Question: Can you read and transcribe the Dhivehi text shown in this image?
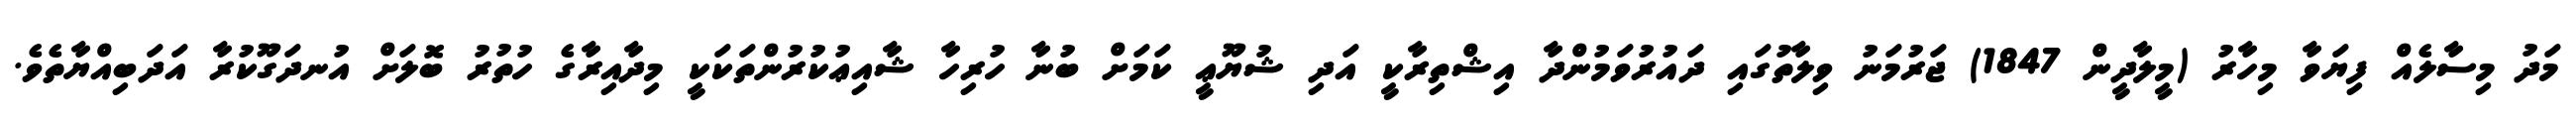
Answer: މަދު މިސާލެއް ފިޔަވާ މިހާރު (މީލާދީން 1847) ޖަރުމަނު ވިލާތުގައި ދައުރުވަމުންދާ އިޝްތިރާކީ އަދި ޝުޔޫޢީ ކަމަށް ބުނާ ހުރިހާ ޝާއިޢުކުރުންތަކަކީ މިދާއިރާގެ ހުތުރު ބޮލަށް އުނދަގޫކުރާ އަދަބިއްޔާތެވެ.